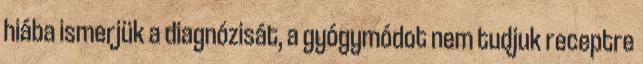
hiába ismerjük a diagnózisát, a gyógymódot nem tudjuk receptre